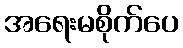
အရေးမစိုက်ပေ